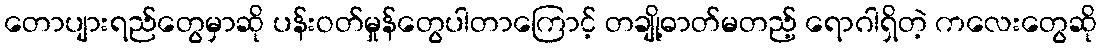
တောပျားရည်တွေမှာဆို ပန်းဝတ်မှုန်တွေပါတာကြောင့် တချို့ဓာတ်မတည့် ရောဂါရှိတဲ့ ကလေးတွေဆို